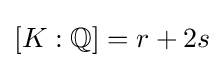
[K:\mathbb {Q} ]=r+2s